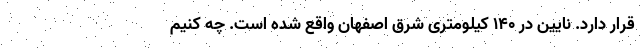
قرار دارد. نایین در ۱۴۰ کیلومتری شرق اصفهان واقع شده است. چه کنیم